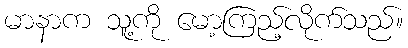
မာနာက သူ့ကို မော့ကြည့်လိုက်သည်။